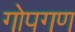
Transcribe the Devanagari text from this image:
गोपगण